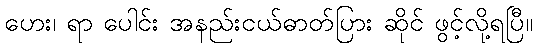
ဟေး၊ ရာ ပေါင်း အနည်းငယ်ဓာတ်ပြား ဆိုင် ဖွင့်လို့ရပြီ။